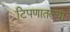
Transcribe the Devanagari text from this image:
टिपणातल्या